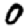
Digit: 0